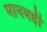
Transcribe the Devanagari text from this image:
मानवही